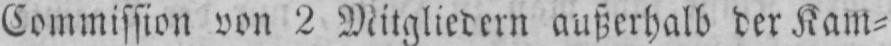
Commission von 2 Mitgliedern außerhalb der Kam⸗